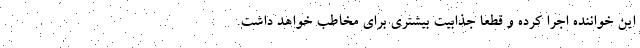
این خواننده اجرا کرده و قطعاً جذابیت بیشتری برای مخاطب خواهد داشت.